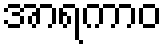
အာရကာဝ